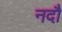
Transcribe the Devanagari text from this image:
नदौ